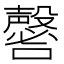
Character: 𡄈